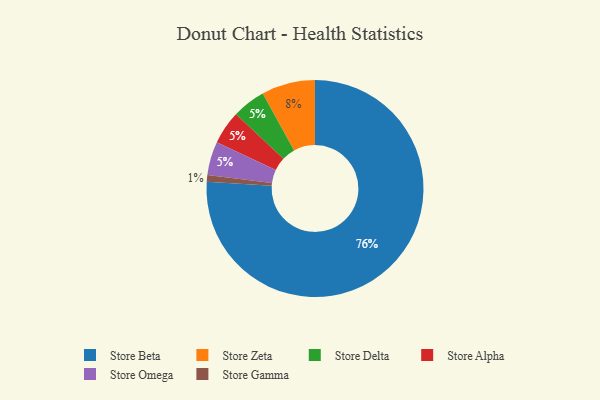
{"axis": {"x": "Category", "y": "Percentage"}, "legend": ["Store Alpha", "Store Beta", "Store Delta", "Store Gamma", "Store Omega", "Store Zeta"], "data": [{"x": "Store Delta", "y": 5, "type": "Store Delta"}, {"x": "Store Beta", "y": 76, "type": "Store Beta"}, {"x": "Store Alpha", "y": 5, "type": "Store Alpha"}, {"x": "Store Omega", "y": 5, "type": "Store Omega"}, {"x": "Store Zeta", "y": 8, "type": "Store Zeta"}, {"x": "Store Gamma", "y": 1, "type": "Store Gamma"}]}